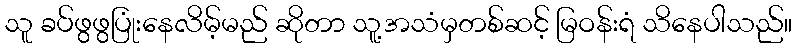
သူ ခပ်ဖွဖွပြုံးနေလိမ့်မည် ဆိုတာ သူ့အသံမှတစ်ဆင့် မြဝန်းရံ သိနေပါသည်။